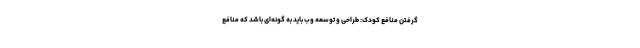
گرفتن منافع کودک: طراحی و توسعه وب باید به گونه‌ای باشد که منافع